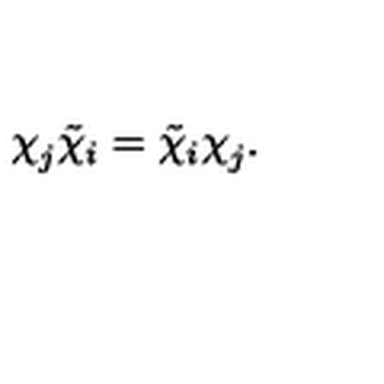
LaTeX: \chi _ { j } ^ { } \tilde { \chi } _ { i } = \tilde { \chi } _ { i } \chi _ { j } ^ { } .